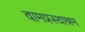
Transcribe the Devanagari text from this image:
वामप्रस्थाश्रम